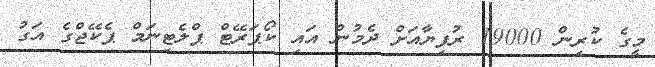
މީގެ ކުރިން 19000 ރުފިޔާއަށް ދެމުން އައި ކޯޕަރޭޓް ޕްލެޓިނަމް ޕެކޭޖްގެ އަގު